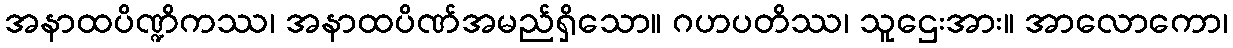
အနာထပိဏ္ဍိကဿ၊ အနာထပိဏ်အမည်ရှိသော။ ဂဟပတိဿ၊ သူဌေးအား။ အာလောကော၊